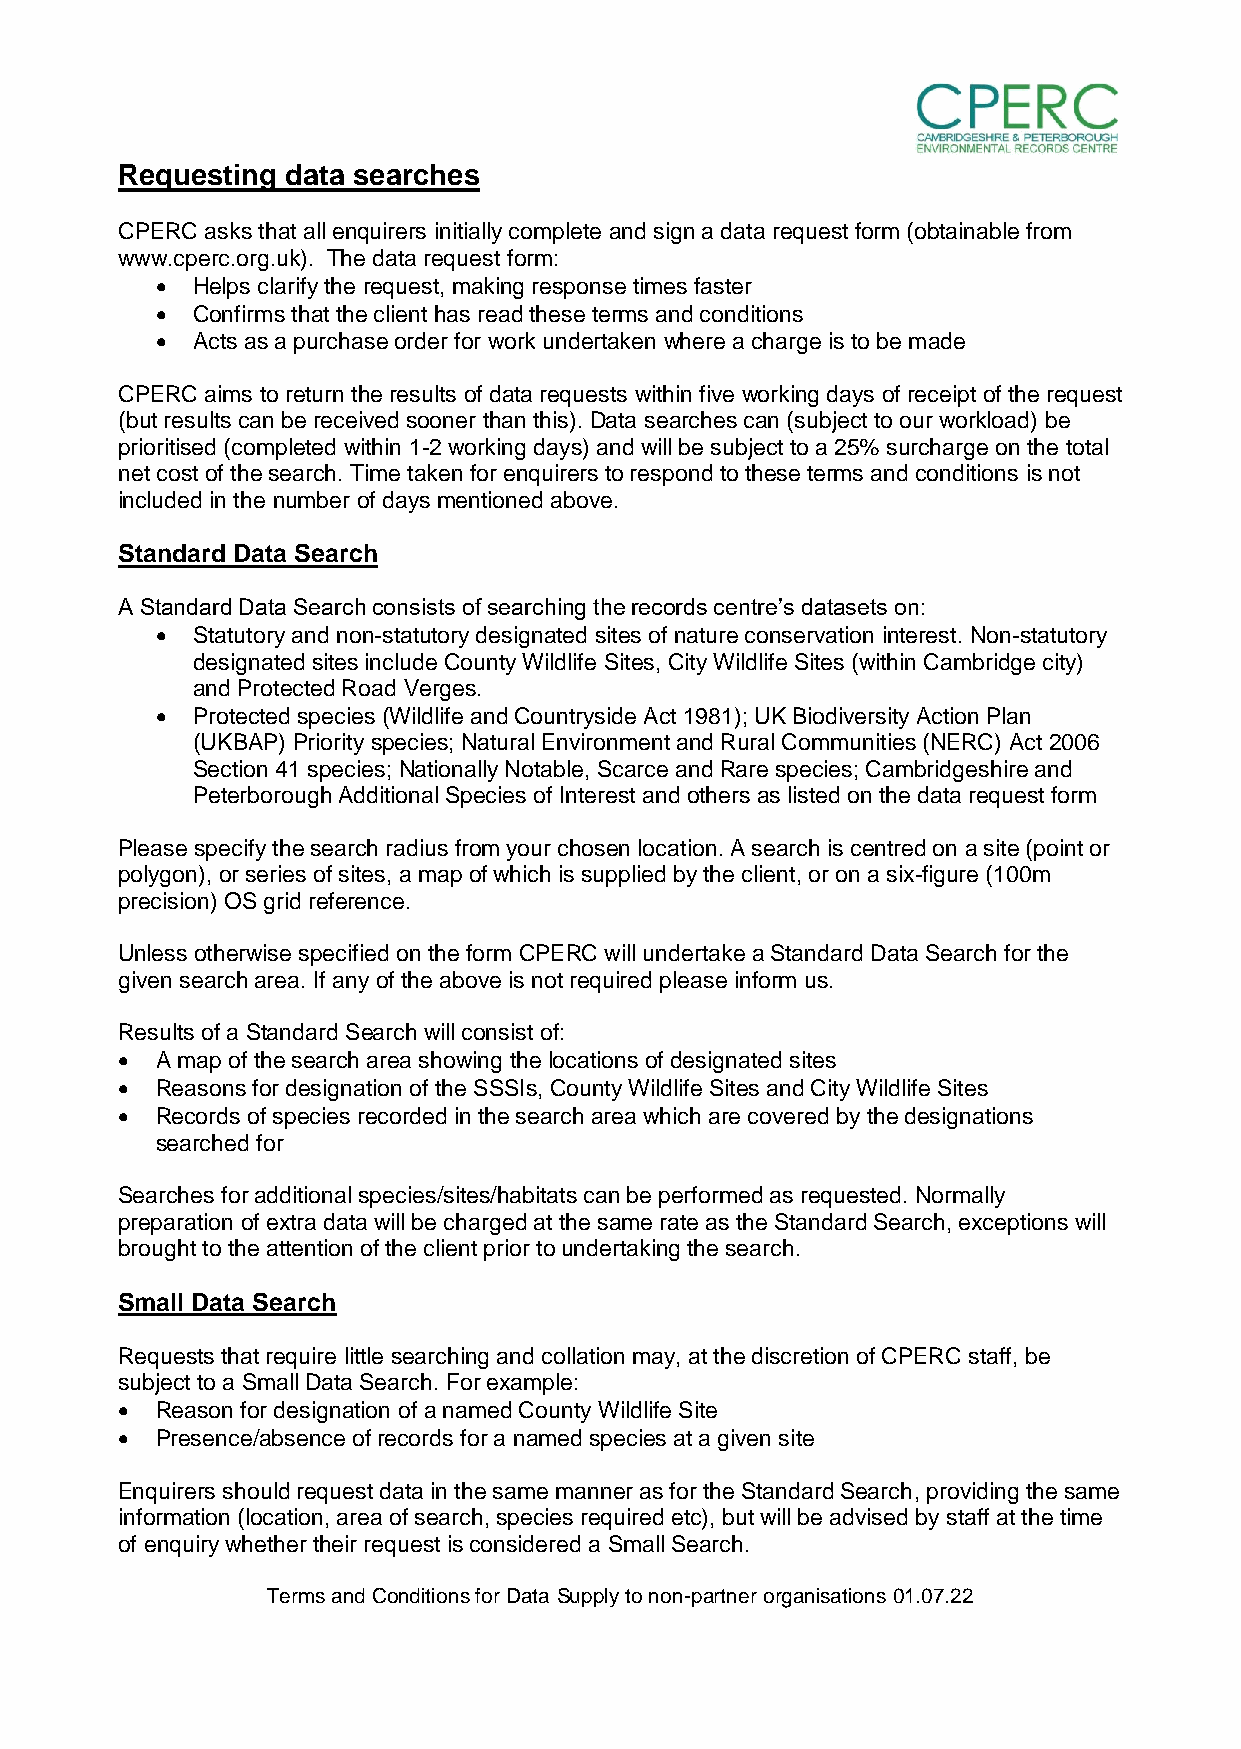
Requesting data searches
 CPERC asks that all enquirers initially complete and sign a data request form (obtainable from
 www.cperc.org.uk). The data request form:
   Helps clarify the request, making response times faster
   Confirms that the client has read these terms and conditions
   Acts as a purchase order for work undertaken where a charge is to be made
 CPERC aims to return the results of data requests within five working days of receipt of the request
 (but results can be received sooner than this). Data searches can (subject to our workload) be
 prioritised (completed within 1-2 working days) and will be subject to a 25% surcharge on the total
 net cost of the search. Time taken for enquirers to respond to these terms and conditions is not
 included in the number of days mentioned above.
 Standard Data Search
 A Standard Data Search consists of searching the records centre’s datasets on:
   Statutory and non-statutory designated sites of nature conservation interest. Non-statutory
 designated sites include County Wildlife Sites, City Wildlife Sites (within Cambridge city)
 and Protected Road Verges.
   Protected species (Wildlife and Countryside Act 1981); UK Biodiversity Action Plan
 (UKBAP) Priority species; Natural Environment and Rural Communities (NERC) Act 2006
 Section 41 species; Nationally Notable, Scarce and Rare species; Cambridgeshire and
 Peterborough Additional Species of Interest and others as listed on the data request form
 Please specify the search radius from your chosen location. A search is centred on a site (point or
 polygon), or series of sites, a map of which is supplied by the client, or on a six-figure (100m
 precision) OS grid reference.
 Unless otherwise specified on the form CPERC will undertake a Standard Data Search for the
 given search area. If any of the above is not required please inform us.
 Results of a Standard Search will consist of:
  A map of the search area showing the locations of designated sites
  Reasons for designation of the SSSIs, County Wildlife Sites and City Wildlife Sites
  Records of species recorded in the search area which are covered by the designations
 searched for
 Searches for additional species/sites/habitats can be performed as requested. Normally
 preparation of extra data will be charged at the same rate as the Standard Search, exceptions will
 brought to the attention of the client prior to undertaking the search.
 Small Data Search
 Requests that require little searching and collation may, at the discretion of CPERC staff, be
 subject to a Small Data Search. For example:
  Reason for designation of a named County Wildlife Site
  Presence/absence of records for a named species at a given site
 Enquirers should request data in the same manner as for the Standard Search, providing the same
 information (location, area of search, species required etc), but will be advised by staff at the time
 of enquiry whether their request is considered a Small Search.
 Terms and Conditions for Data Supply to non-partner organisations 01.07.22